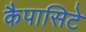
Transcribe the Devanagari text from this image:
कैपासिटे